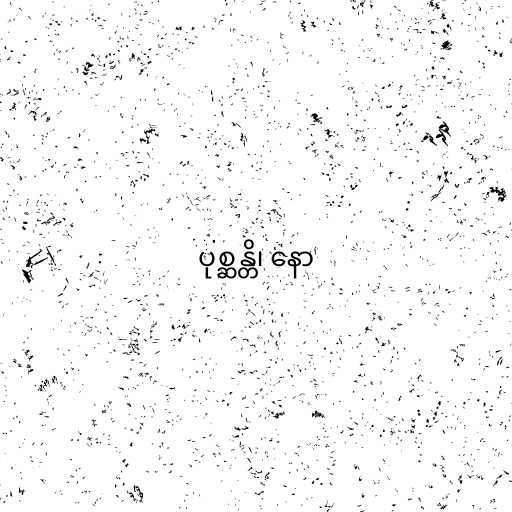
ပုစ္ဆန္တိ၊ နော